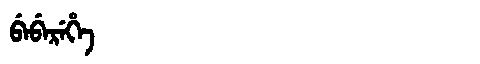
Manchu: ᠪᡝᠪᡝᡵᡝᡥᡝ
Romanization: BEBEREHE